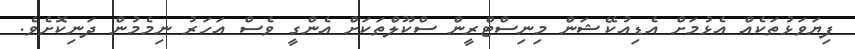
ފިޔަވަޅުތަކެއް އެޅުމަށް އެޑިއުކޭޝަން މިނިސްޓްރީން ސްކޫލްތަކަށް އެންގީ ވެސް އަހަރު ނިމެމުން ދަނިކޮށެވެ.